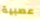
عصبية